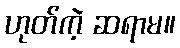
ဟုတ်ကဲ့ ဆရာမ။